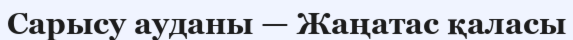
Сарысу ауданы — Жаңатас қаласы